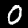
Label: 0